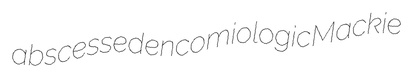
abscessed encomiologic Mackie